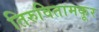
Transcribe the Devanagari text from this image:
तिरुवितामकूर